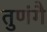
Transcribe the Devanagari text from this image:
तुणंगै